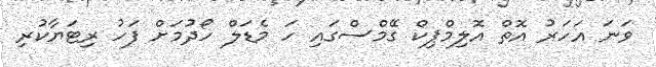
ވަނަ އަހަރު އޮތް އޮލިމްޕިކް ގޭމްސްގައި ހަ މެޑަލް ހޯދުމަށް ފަހު ރިޓަޔާކުރި